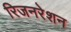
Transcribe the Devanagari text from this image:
रिजनरेशन